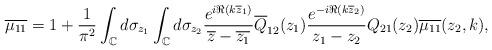
LaTeX: \begin{align*}\overline{\mu_{11}}=1+\frac{1}{\pi^2} \int_{\mathbb C} d\sigma_{z_1} \int_{\mathbb C} d\sigma_{z_2} \frac{e^{i \Re(k\overline{z}_1)}}{\overline{z}-\overline{z_1}} \overline{Q}_{12}(z_1) \frac{e^{-i \Re(k\overline{z}_2)}}{z_1-z_2} {Q_{21}}(z_2) \overline{\mu_{11}}(z_2,k),\end{align*}